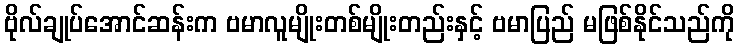
ဗိုလ်ချုပ်အောင်ဆန်းက ဗမာလူမျိုးတစ်မျိုးတည်းနှင့် ဗမာပြည် မဖြစ်နိုင်သည်ကို